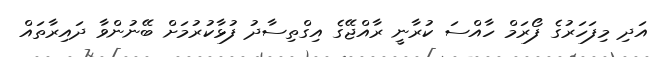
އަދި މިފަހަރުގެ ފޯރަމް ހާއްސަ ކުރާނީ ރާއްޖޭގެ އިގްތިސާދު ފުޅާކުރުމަށް ބޭނުންވާ ދައިރާތައް